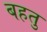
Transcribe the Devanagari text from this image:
बहतु